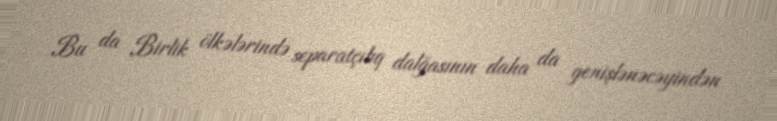
Bu da Birlik ölkələrində separatçılıq dalğasının daha da genişlənəcəyindən